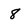
Character: 8